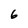
Character: 6